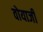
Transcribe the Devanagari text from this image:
वोयाजी